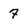
Character: 7